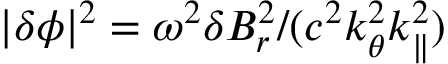
\lvert \delta \phi \rvert ^ { 2 } = \omega ^ { 2 } \delta B _ { r } ^ { 2 } / ( c ^ { 2 } k _ { \theta } ^ { 2 } k _ { \parallel } ^ { 2 } )